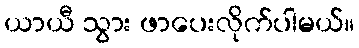
ယာယီ သွား ဖာပေးလိုက်ပါမယ်။